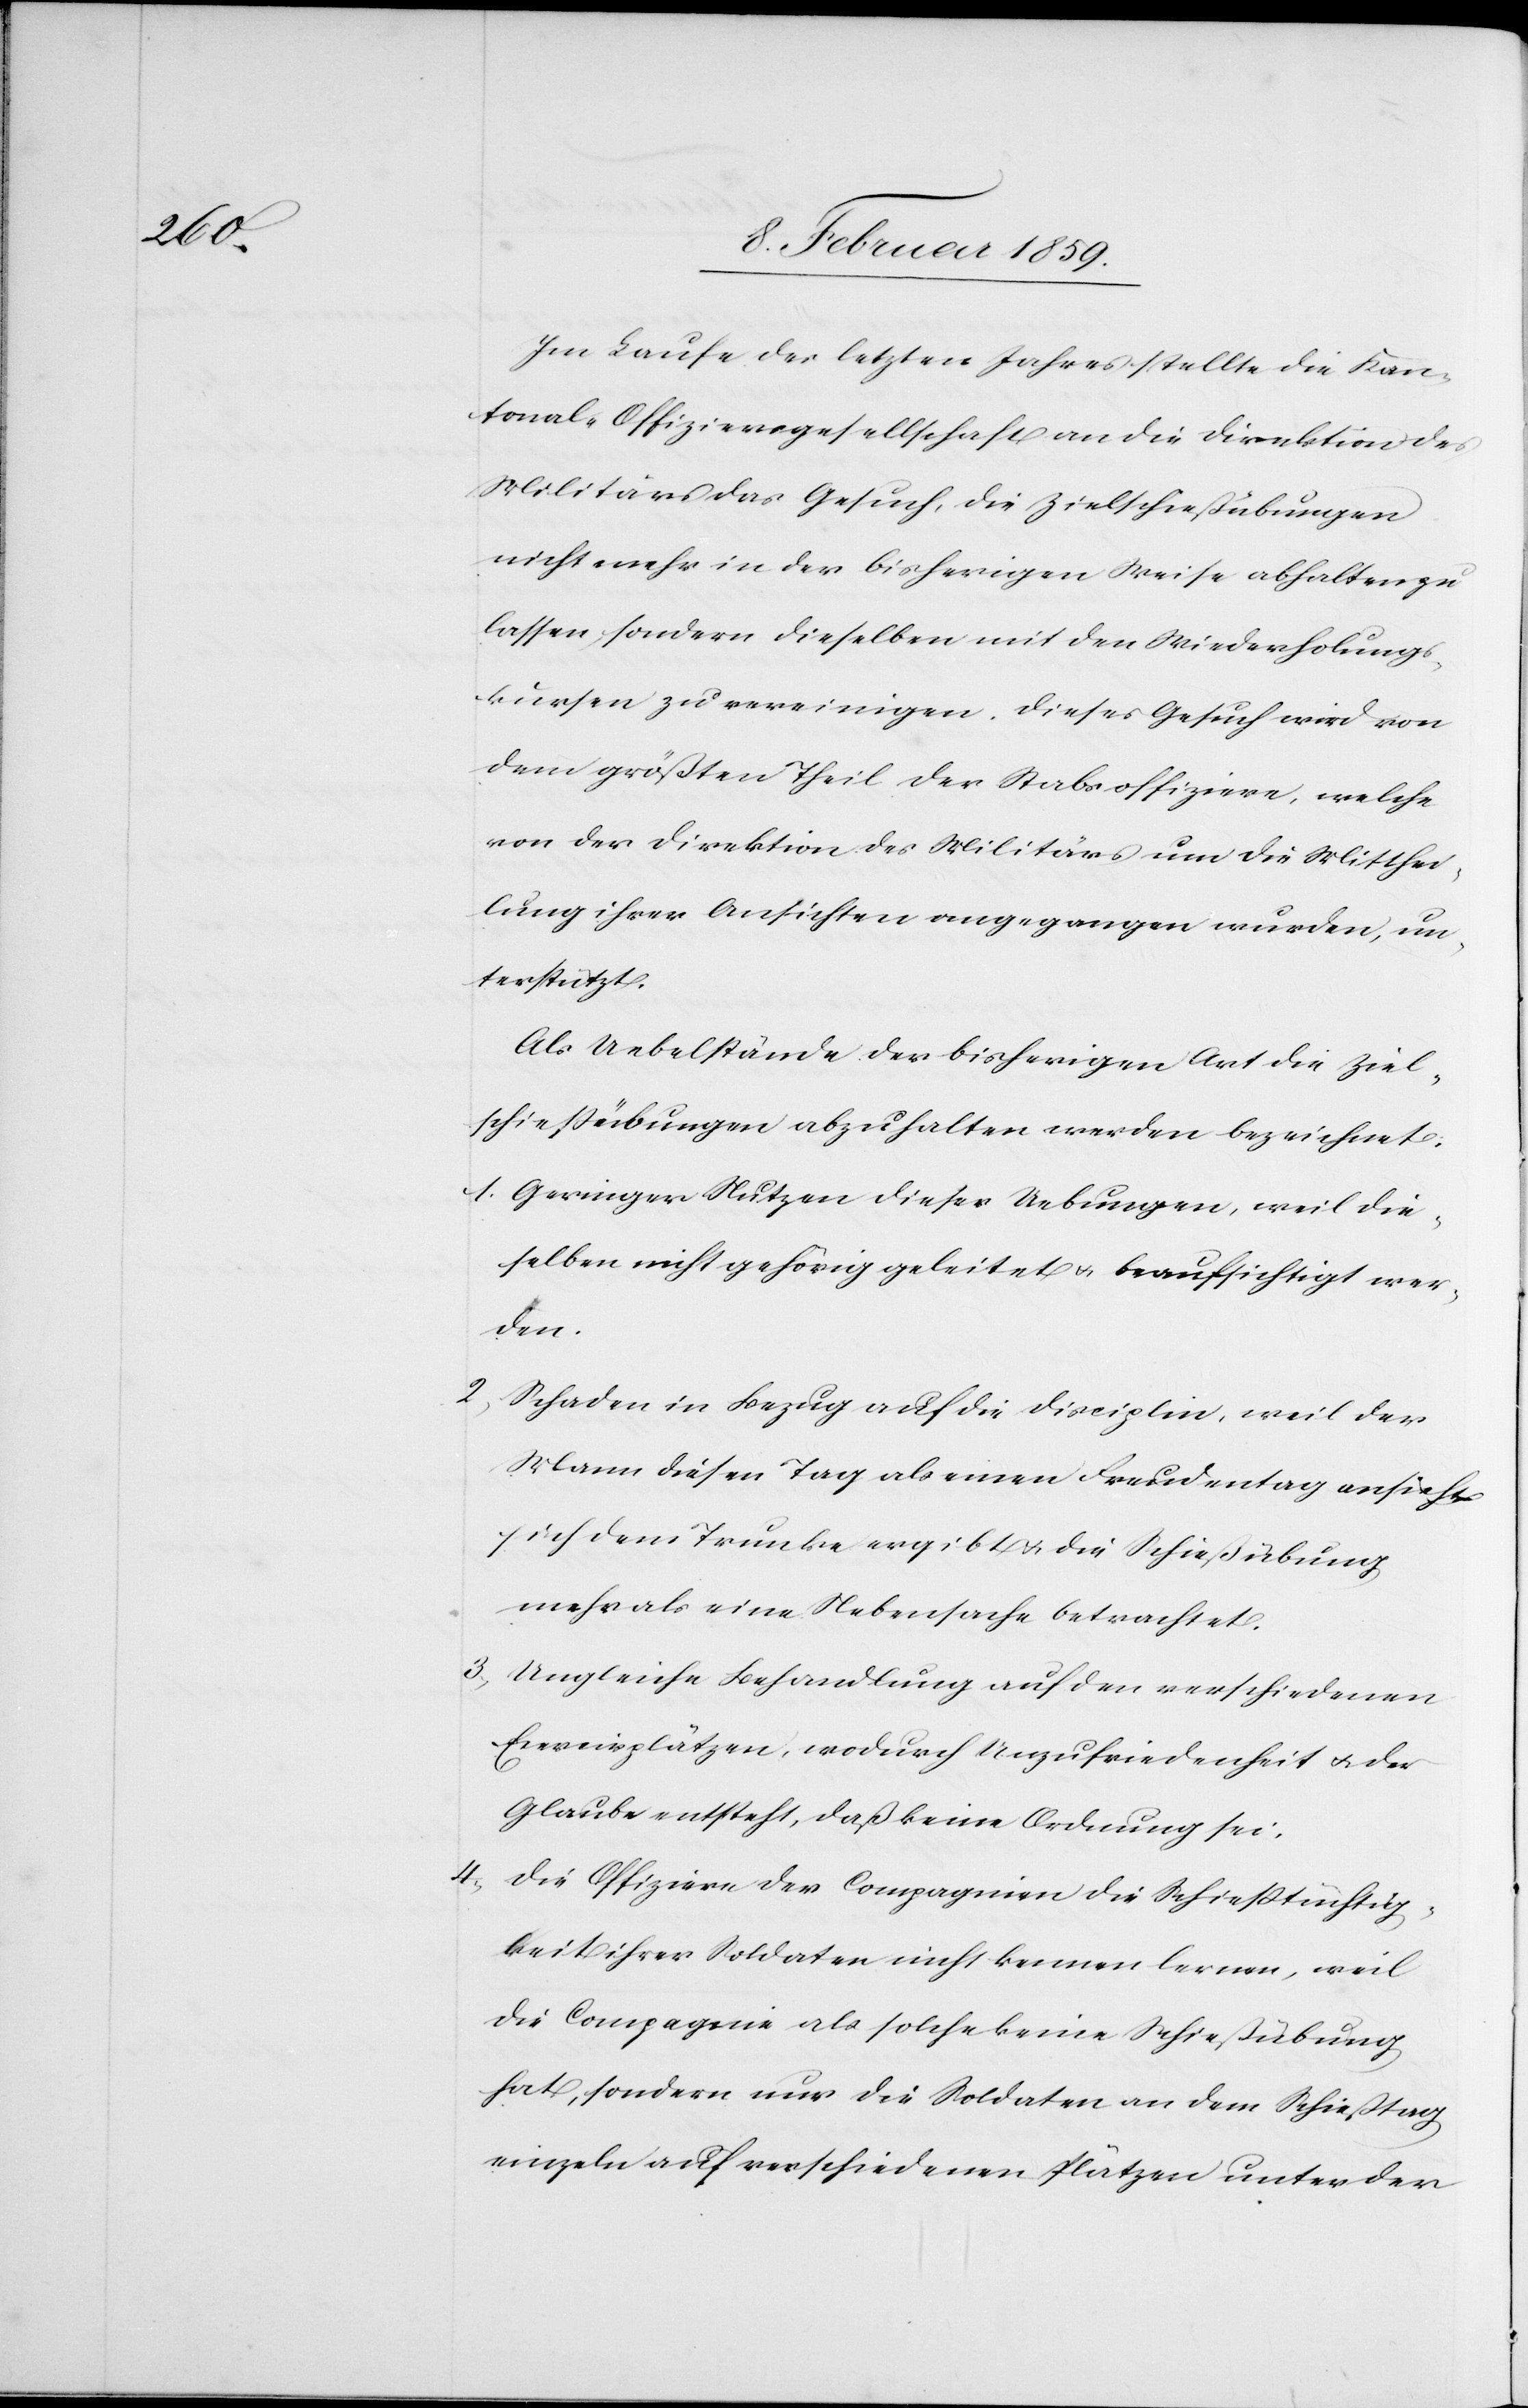
Im Laufe des letzten Jahres stellte die Kan¬
tonale Offiziersgesellschaft an die Direktion des
Militärs das Gesuch, die Zielschießübungen
nicht mehr in der bisherigen Weise abhalten zu
lassen, sondern dieselben mit den Wiederholungs¬
kursen zu vereinigen. Dieses Gesuch wird von
dem größten Theil der Stabsoffiziere, welche
von der Direktion des Militärs um die Mitthei¬
lung ihrer Ansichten angegangen wurden, un¬
terstützt.
Als Uebelstände der bisherigen Art die Ziel¬
schießübungen abzuhalten werden bezeichnet:
1. Geringer Nutzen dieser Uebungen, weil die¬
selben nicht gehörig geleitet u. beaufsichtigt wer¬
den.
2,Schaden in Bezug auf die Disciplin, weil der
Mann diesen Tag als einen Freudentag ansieht,
sich dem Trunke ergibt u. die Schießübung
mehr als eine Nebensache betrachtet.
3, Ungleiche Behandlung auf den verschiedenen
Exercirplätzen, wodurch Unzufriedenheit u. der
Glaube entsteht, daß keine Ordnung sei.
Die Offiziere der Compagnien die Schießtüchtig¬
keit ihrer Soldaten nicht kennen lernen, weil
die Compagnie als solche keine Schießübung
hat, sondern nur die Soldaten an dem Schießtag
einzeln auf verschiedenen Plätzen unter der